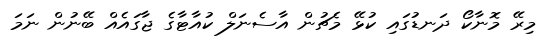
މިރޭ މޮނާކޯ ދަނޑުގައި ކުޅޭ މެޗުން އާސެނަލް ކުއާޓާގެ ޖާގައެއް ބޭނުން ނަމަ